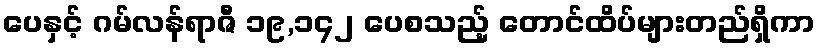
ပေနှင့် ဂမ်လန်ရာဇီ ၁၉,၁၄၂ ပေစသည့် တောင်ထိပ်များတည်ရှိကာ